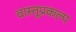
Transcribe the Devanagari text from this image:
वास्तूप्रकल्प